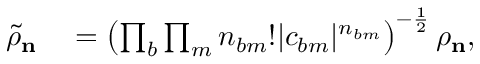
\begin{array} { r l } { \tilde { \rho } _ { \mathbf { n } } } & { { } = \left( \prod _ { b } \prod _ { m } n _ { b m } ! | c _ { b m } | ^ { n _ { b m } } \right) ^ { - \frac { 1 } { 2 } } \rho _ { \mathbf { n } } , } \end{array}